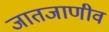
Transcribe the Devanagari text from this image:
जातजाणीव